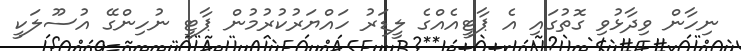
ނިހާން ވިދާޅުވި ގޮތުގައި އެ ޕާޓީއެއްގެ ލީޑަރު ހައްޔަރުކުރުމުން ޕާޓީ ނުހިންގޭ އުސޫލަކީ